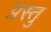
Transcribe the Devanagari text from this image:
प्रस्तु